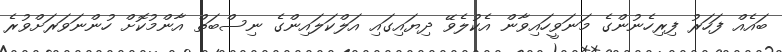
ބައެއް ފަހަރު ފިރިހެނުންގެ މަނަވީހައިވާން އެކުލެވޭ ދިޔައިގައި އަލްކަލައިންގެ ނިސްބަތް އާންމުކޮށް ހުންނަވަރަށްވުރެ